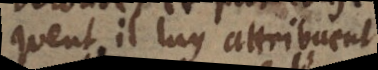
consequent ils luy attribuent